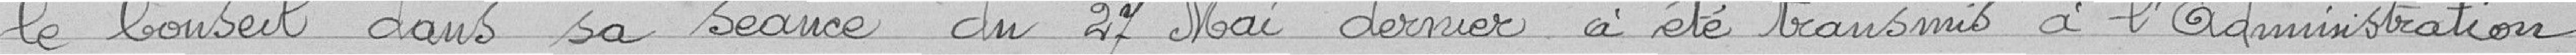
le Conseil dans sa séance du 27 mai dernier a été transmis à l'Admnistration